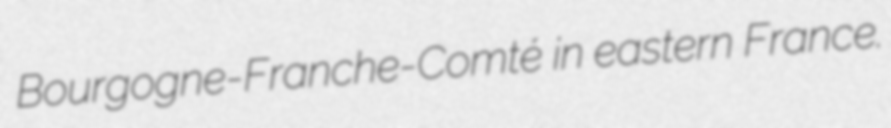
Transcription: Bourgogne-Franche-Comté in eastern France.